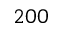
2 0 0